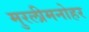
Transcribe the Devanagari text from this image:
मुरलीमनोहर